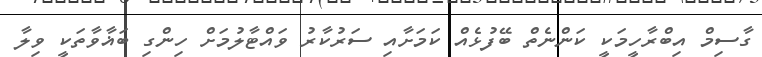
ގާސިމް އިބްރާހީމަކީ ކަންނެތް ބޭފުޅެއް ކަމަށާއި ސަރުކާރު ވައްޓާލުމަށް ހިންގި ބަޣާވާތަކީ ވިލާ